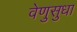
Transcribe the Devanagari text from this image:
वेणुसुधा